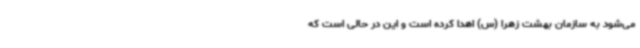
می‌شود به سازمان بهشت زهرا (س) اهدا کرده است و این در حالی است که